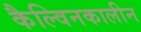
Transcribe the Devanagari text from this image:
कैल्विनकालीन